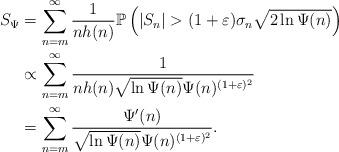
LaTeX: \begin{align*}S_{\Psi}&=\sum_{n=m}^\infty\frac{1}{nh(n)} \mathbb P \left(|S_n|>(1+\varepsilon)\sigma_n\sqrt{2\ln\Psi(n)}\right)\\&\propto \sum_{n=m}^\infty\frac{1}{nh(n)\sqrt{\ln\Psi(n)}\Psi(n)^{(1+\varepsilon)^2}}\\&=\sum_{n=m}^\infty\frac{\Psi'(n)}{\sqrt{\ln\Psi(n)}\Psi(n)^{(1+\varepsilon)^2}}.\end{align*}